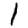
Digit: 1